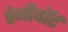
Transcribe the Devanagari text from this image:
पेनीवॉर्ट